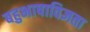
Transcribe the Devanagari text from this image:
बहुभाषाविज्ञता